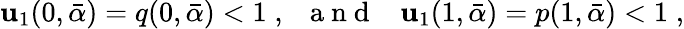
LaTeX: \mathbf{u}_{1}(0,\bar{{\alpha}})=q(0,\bar{{\alpha}})<1\; ,\; \; {\mathrm{{~a~n~d~}}}\; \; \; \mathbf{u}_{1}(1,\bar{{\alpha}})=p(1,\bar{{\alpha}})<1\; ,